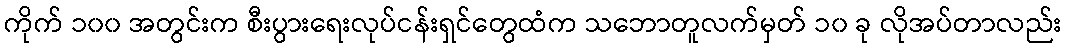
ကိုက် ၁၀၀ အတွင်းက စီးပွားရေးလုပ်ငန်းရှင်တွေထံက သဘောတူလက်မှတ် ၁၀ ခု လိုအပ်တာလည်း